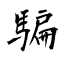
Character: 騙